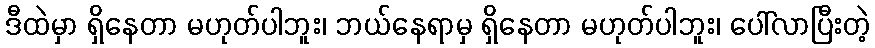
ဒီထဲမှာ ရှိနေတာ မဟုတ်ပါဘူး၊ ဘယ်နေရာမှ ရှိနေတာ မဟုတ်ပါဘူး၊ ပေါ်လာပြီးတဲ့